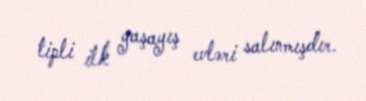
tipli ilk yaşayış evləri salınmışdır.